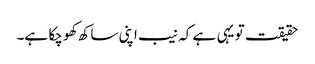
حقیقت تو یہی ہے کہ نیب اپنی ساکھ کھو چکا ہے۔